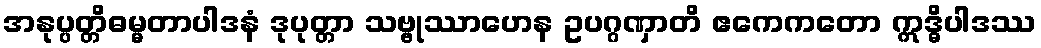
အနုပ္ပတ္တိဓမ္မတာပါဒနံ ဒုပုတ္တာ သဗ္ဗုဿာဟေန ဥပဂ္ဂဏှာတိ ဧကေကတော ဣဒ္ဓိပါဒဿ